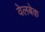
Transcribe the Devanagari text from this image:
वेलबेक